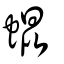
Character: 蜫